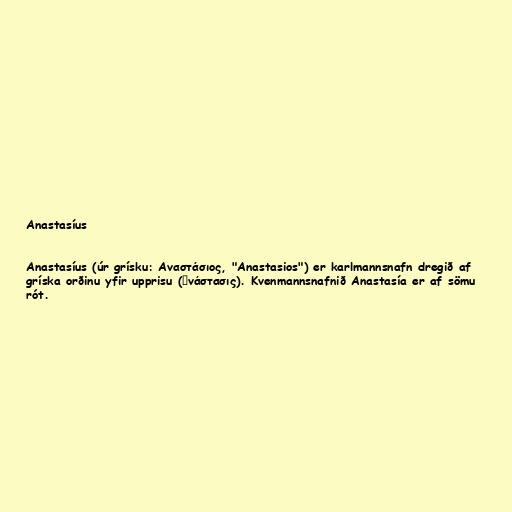
Anastasíus

Anastasíus (úr grísku: Αναστάσιος, "Anastasios") er karlmannsnafn dregið af
gríska orðinu yfir upprisu (ἀνάστασις). Kvenmannsnafnið Anastasía er af sömu
rót.